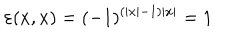
\varepsilon ( x , x ) = ( - 1 ) ^ { ( \left| x \right| - 1 ) \left| x \right| } = 1